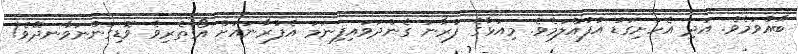
ބާއްވަމެވެ. އަދި އެހަށިގަޑު އުފުއްލަމެވެ. މިއަޅާގެ ފުރާނަ ގެންދަވައިފިނަމަ އެފުރާނައަށް އޯގާތެރިވެ ވޮޑިގަންނަވާނދޭވެ!